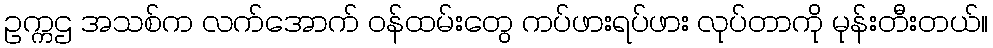
ဥက္ကဌ အသစ်က လက်အောက် ဝန်ထမ်းတွေ ကပ်ဖားရပ်ဖား လုပ်တာကို မုန်းတီးတယ်။